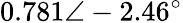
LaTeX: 0.781\angle-2.46^{\circ}